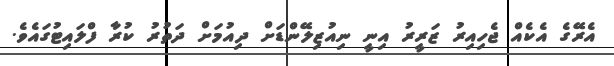
އެރޭގެ އެކެއް ޖެހިއިރު ޒަރީރު އިނީ ނިއުޒިލޭންޑަށް ދިއުމަށް ދަތުރު ކުރާ ފްލައިޓުގައެވެ.